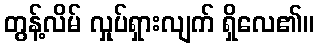
တွန့်လိမ် လှုပ်ရှားလျက် ရှိလေ၏။